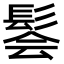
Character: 𫘽